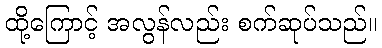
ထို့ကြောင့် အလွန်လည်း စက်ဆုပ်သည်။